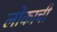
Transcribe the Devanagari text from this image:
लोंकाची